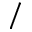
/